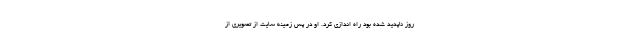
روز ناپدید شده بود راه اندازی کرد. او در پس زمینه سایت از تصویری از